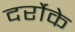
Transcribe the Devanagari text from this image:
दर्रोके